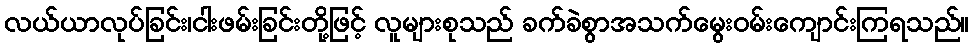
လယ်ယာလုပ်ခြင်း၊ငါးဖမ်းခြင်းတို့ဖြင့် လူများစုသည် ခက်ခဲစွာအသက်မွေးဝမ်းကျောင်းကြရသည်။